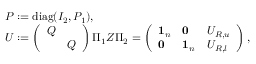
\begin{array} { r l } & { P : = \mathrm { d i a g } ( I _ { 2 } , P _ { 1 } ) , } \\ & { U : = \left( \begin{array} { l l } { Q } & \\ & { Q } \end{array} \right) \Pi _ { 1 } Z \Pi _ { 2 } = \left( \begin{array} { l l l } { \mathbf { 1 } _ { n } } & { \mathbf { 0 } } & { U _ { R , u } } \\ { \mathbf { 0 } } & { \mathbf { 1 } _ { n } } & { U _ { R , l } } \end{array} \right) , } \end{array}